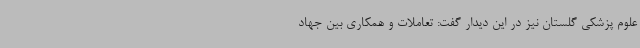
علوم پزشکی گلستان نیز در این دیدار گفت: تعاملات و همکاری بین جهاد